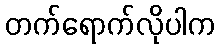
တက်ရောက်လိုပါက